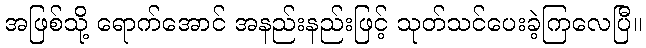
အဖြစ်သို့ ရောက်အောင် အနည်းနည်းဖြင့် သုတ်သင်ပေးခဲ့ကြလေပြီ။